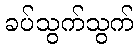
ခပ်သွက်သွက်